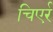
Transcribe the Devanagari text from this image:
चिएर्र